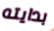
بدايته